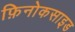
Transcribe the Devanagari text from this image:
फ़िनोकसाइड